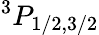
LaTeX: ^3P_{1/2,3/2}